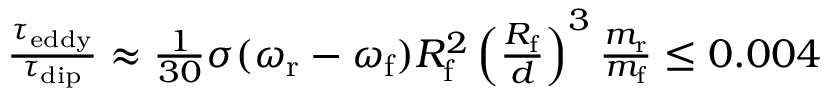
\begin{array} { r } { \frac { \tau _ { \mathrm { e d d y } } } { \tau _ { \mathrm { d i p } } } \approx \frac { 1 } { 3 0 } \sigma ( \omega _ { \mathrm { r } } - \omega _ { \mathrm { f } } ) R _ { \mathrm { f } } ^ { 2 } \left( \frac { R _ { \mathrm { f } } } { d } \right) ^ { 3 } \frac { m _ { \mathrm { r } } } { m _ { \mathrm { f } } } \leq 0 . 0 0 4 } \end{array}